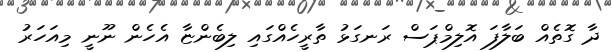
ދާ ގޮތެއް ބަލާފަ އޮލިމްޕަސް ރަނގަޅު ތާރީހެއްގައި ލިބެންޏާ އެހެން ނޫނީ މިއަހަރު